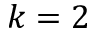
k = 2